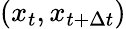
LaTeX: (x_{t},x_{t+\Delta t})